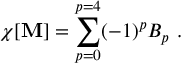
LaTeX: \chi [ { \bf { \cal M } } ] = \sum _ { p = 0 } ^ { p = 4 } ( - 1 ) ^ { p } B _ { p } \ .